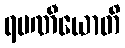
ရမဏီယောတိ